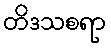
တိဒသစရာ